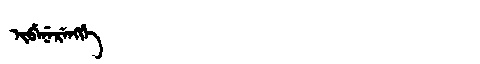
Manchu: ᡳᠪᡝᠨᡝᡵᡝᠩᡤᡝ
Romanization: IBENERENGGE